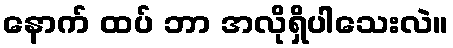
နောက် ထပ် ဘာ အလိုရှိပါသေးလဲ။